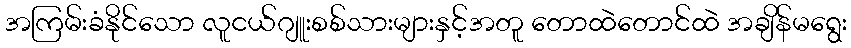
အကြမ်းခံနိုင်သော လူငယ်ဂျူးစစ်သားများနှင့်အတူ တောထဲတောင်ထဲ အချိန်မရွေး